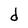
Character: d